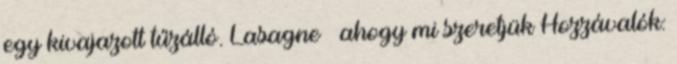
egy kivajazott tűzálló. Lasagne – ahogy mi szeretjük Hozzávalók: